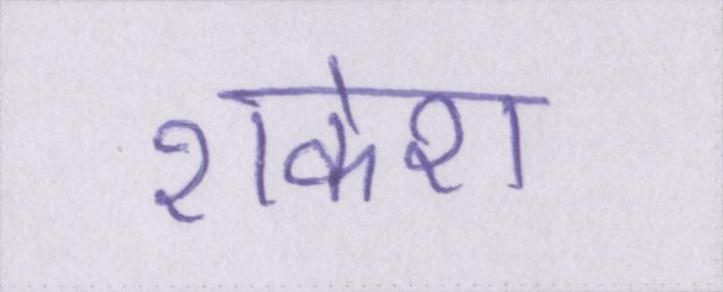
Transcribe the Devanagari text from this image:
राकेश